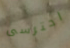
احترسى